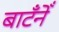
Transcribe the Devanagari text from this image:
बाटँनेँ